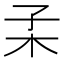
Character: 𣏍